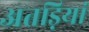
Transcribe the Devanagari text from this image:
अतड़ियां